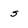
Character: s